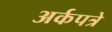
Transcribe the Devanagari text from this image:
अर्कपत्रे